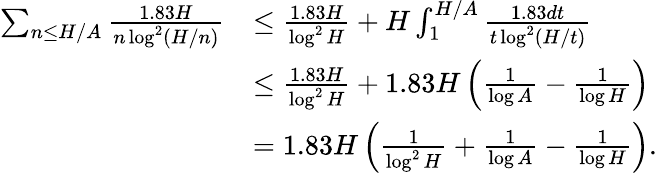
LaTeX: \begin{array}{rl}{\sum_{n\leq H/A}\frac{1.83H}{n\log^{2}(H/n)}}&{\leq\frac{1.83H}{\log^{2}H}+H\int_{1}^{H/A}\frac{1.83dt}{t\log^{2}(H/t)}}\\ &{\leq\frac{1.83H}{\log^{2}H}+1.83H\left(\frac{1}{\log A}-\frac{1}{\log H}\right)}\\ &{=1.83H\left(\frac{1}{\log^{2}H}+\frac{1}{\log A}-\frac{1}{\log H}\right).}\end{array}